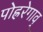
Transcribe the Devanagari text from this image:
पोह्ररेगाव्